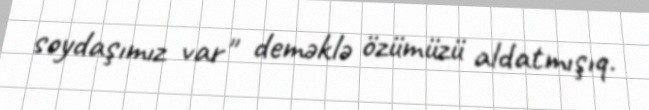
soydaşımız var" deməklə özümüzü aldatmışıq.